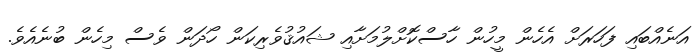
އަނެއްބައި ފަހަރަށް އެހެން މީހުން ހާސްކޮށްލުމަށާއި ޝައުޤުވެރިކަން ހޯދަން ވެސް މިހެން ބުނެއެވެ.